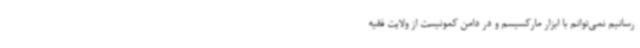
رسانیم نمی‌توانم با ابزار مارکسیسم و در دامن کمونیست از ولایت فقیه